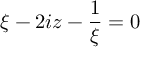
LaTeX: { \xi - 2 i z - { \frac { 1 } { \xi } } } = 0